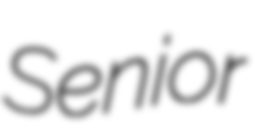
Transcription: Senior